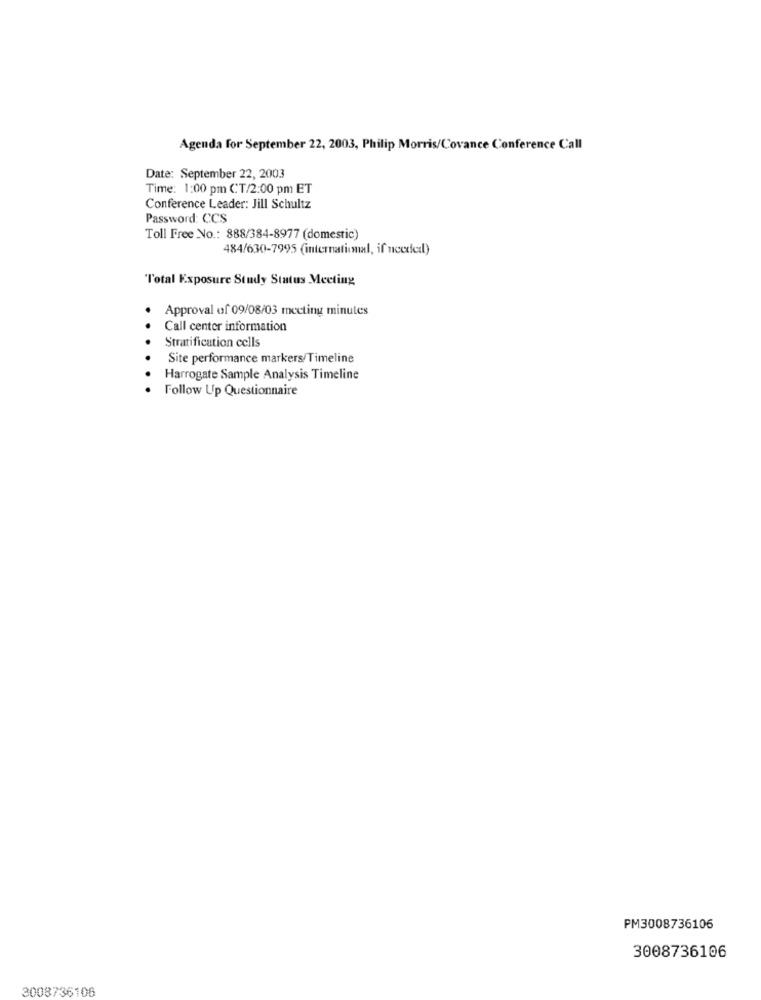
Agenda for September 22, 2003, Philip Morris/Covance Conference Call
Date: September 22, 2003
Time: 1:00 pm CT/2:00 pm ET
Conference Leader: Jill Schultz
Password: CCS
Toll Free No .: 888/384-8977 (domestic)
484/630-7995 (international, if needed)
Total Exposure Study Status Meeting
Approval of 09/08/03 meeting minutes
Call center information
Stratification cells
Site performance markers/Timeline
Harrogate Sample Analysis Timeline
Follow Up Questionnaire
PM3008736106
3008736106
3008736106